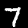
Label: 7